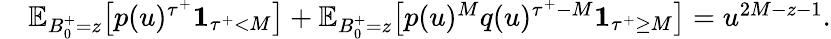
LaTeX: \begin{array}{rl}&{\textstyle\mathbb{E}_{B_{0}^{+}=z}\bigl[p(u)^{{\tau^{+}}}\mathbf{1}_{{\tau^{+}}<M}\bigr]+\mathbb{E}_{B_{0}^{+}=z}\bigl[p(u)^{M}q(u)^{{\tau^{+}}-M}\mathbf{1}_{{\tau^{+}}\geq M}\bigr]=u^{2M-z-1}.}\end{array}